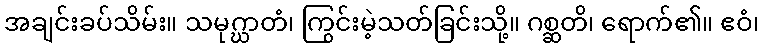
အချင်းခပ်သိမ်း။ သမုဂ္ဃာတံ၊ ကြွင်းမဲ့သတ်ခြင်းသို့။ ဂစ္ဆတိ၊ ရောက်၏။ ဧဝံ၊